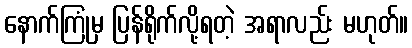
နောက်ကြုံမှ ပြန်ရိုက်လို့ရတဲ့ အရာလည်း မဟုတ်။